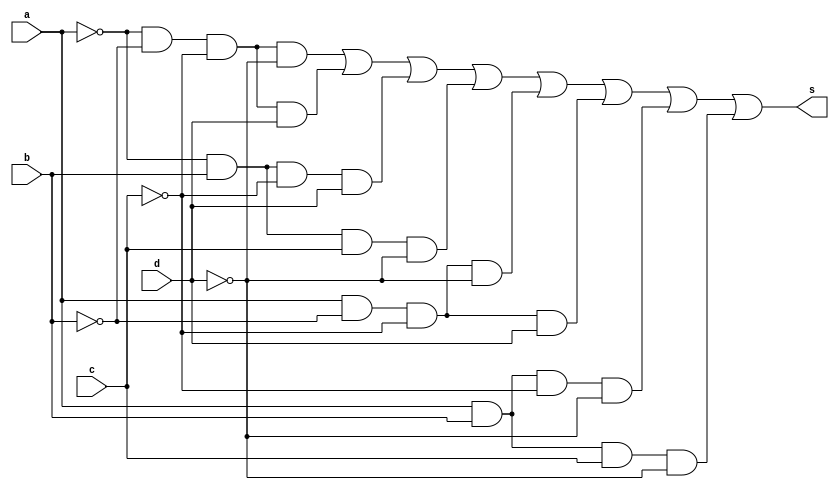
// -------------------------
// Recuperao 01
// Nome: Marcos Antonio Lommez Candido Ribeiro
// 31/10/2022
// -------------------------

module sopCanon( output s, input a, input b, input c, input d );
    and  AND1 ( s1, ~a, ~b, ~c, ~d );
    and  AND2 ( s2, ~a, ~b, ~c,  d );
    and  AND3 ( s3, ~a,  b, ~c,  d );
    and  AND4 ( s4, ~a,  b,  c, ~d );
    and  AND5 ( s5,  a, ~b, ~c, ~d );
    and  AND6 ( s6,  a, ~b, ~c,  d );
    and  AND7 ( s7,  a,  b, ~c, ~d );
    and  AND8 ( s8,  a,  b,  c, ~d );
    or   OR_1 ( s, s1, s2, s3, s4, s5, s6, s7, s8 );
endmodule // sopCanon

module sopSimpl( output s, input a, input b, input c, input d );
    and  AND1 ( s1, ~b, ~c );
    and  AND2 ( s2, ~a, ~c,  d );
    and  AND3 ( s3,  a, ~c, ~d );
    and  AND4 ( s4,  b,  c, ~d );
    or   OR_1 ( s, s1, s2, s3, s4);
endmodule // sopSimpl

module posCanon( output s, input A, input B, input C, input D );
    or   OR_1 ( s1,  A,  B, ~C,  D);
    or   OR_2 ( s2,  A,  B, ~C, ~D);
    or   OR_3 ( s3,  A, ~B,  C,  D);
    or   OR_4 ( s4,  A, ~B, ~C, ~D);
    or   OR_5 ( s5, ~A,  B, ~C,  D);
    or   OR_6 ( s6, ~A,  B, ~C, ~D);
    or   OR_7 ( s7, ~A, ~B,  C, ~D);
    or   OR_8 ( s8, ~A, ~B, ~C, ~D);
    and  AND1  ( s, s1, s2, s3, s4, s5, s6, s7, s8 );
endmodule // posCanon

module posSimpl( output s, input A, input B, input C, input D );
    or   OR_1 ( s1, ~C, ~D );
    or   OR_2 ( s2,  B, ~C );
    or   OR_3 ( s3, ~A, ~B, ~D );
    or   OR_4 ( s4,  A, ~B,  C,  D );
    and  AND1 ( s, s1, s2, s3, s4);
endmodule // sopCanon

module questao01;
    reg a, b, c, d;      // Variaveis
    wire s1, s2, s3, s4; // Respostas

    sopCanon SOPCANON ( s1, a, b, c, d ); // SoP Canonica
    sopSimpl SOPSIMPL ( s2, a, b, c, d ); // SoP Simplificada
    posCanon POSCANON ( s3, a, b, c, d ); // PoS Canonica
    posSimpl POSSIMPL ( s4, a, b, c, d ); // PoS Simplificada

    initial
        begin: initial_values
            a = 1'b0; b = 1'b0; c = 1'b0; d = 1'b0;
        end

    initial
        begin: main
            $display ( "----------------------------------------------" );
            $display ( "Marcos Antonio Lommez Candido Ribeiro - 771157" );
            $display ( "----------------------------------------------" );
            $display ( " variaveis           SoP             PoS" );
            $display ( "  a b c d       Canon. Simpl.   Canon. Simpl.");
            $monitor ( "  %b %b %b %b    =    %b      %b        %b      %b", a, b, c, d, s1, s2, s3, s4);

            #1 a = 0; b = 0; c = 0; d = 0;
            #1 a = 0; b = 0; c = 0; d = 1;
            #1 a = 0; b = 0; c = 1; d = 0;
            #1 a = 0; b = 0; c = 1; d = 1;
            #1 a = 0; b = 1; c = 0; d = 0;
            #1 a = 0; b = 1; c = 0; d = 1;
            #1 a = 0; b = 1; c = 1; d = 0;
            #1 a = 0; b = 1; c = 1; d = 1;
            #1 a = 1; b = 0; c = 0; d = 0;
            #1 a = 1; b = 0; c = 0; d = 1;
            #1 a = 1; b = 0; c = 1; d = 0;
            #1 a = 1; b = 0; c = 1; d = 1;
            #1 a = 1; b = 1; c = 0; d = 0;
            #1 a = 1; b = 1; c = 0; d = 1;
            #1 a = 1; b = 1; c = 1; d = 0;
            #1 a = 1; b = 1; c = 1; d = 1;
        end
endmodule

/* 
----------------------------------------------
Marcos Antonio Lommez Candido Ribeiro - 771157
----------------------------------------------
 variaveis           SoP             PoS
  a b c d       Canon. Simpl.   Canon. Simpl.
  0 0 0 0    =    1      1        1      1
  0 0 0 1    =    1      1        1      1
  0 0 1 0    =    0      0        0      0
  0 0 1 1    =    0      0        0      0
  0 1 0 0    =    0      0        0      0
  0 1 0 1    =    1      1        1      1
  0 1 1 0    =    1      1        1      1
  0 1 1 1    =    0      0        0      0
  1 0 0 0    =    1      1        1      1
  1 0 0 1    =    1      1        1      1
  1 0 1 0    =    0      0        0      0
  1 0 1 1    =    0      0        0      0
  1 1 0 0    =    1      1        1      1
  1 1 0 1    =    0      0        0      0
  1 1 1 0    =    1      1        1      1
  1 1 1 1    =    0      0        0      0
 */